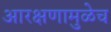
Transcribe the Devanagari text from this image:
आरक्षणामुळेच